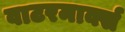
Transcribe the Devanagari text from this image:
वाटरमार्क्स